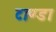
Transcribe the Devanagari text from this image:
टाण्‍डा